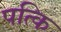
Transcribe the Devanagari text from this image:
पत्कि